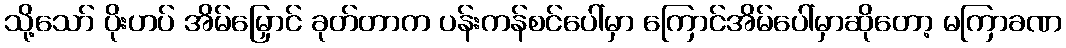
သို့သော် ပိုးဟပ် အိမ်မြှောင် ခုတ်တာက ပန်းကန်စင်ပေါ်မှာ ကြောင်အိမ်ပေါ်မှာဆိုတော့ မကြာခဏ